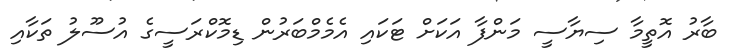
ބާރު އޮތީމާ ސިޔާސީ މަންފާ އަކަށް ޓަކައި އެމެމްބަރުން ޑިމޮކްރަސީގެ އުސޫލު ތަކާއި